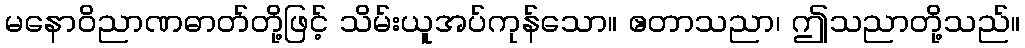
မနောဝိညာဏဓာတ်တို့ဖြင့် သိမ်းယူအပ်ကုန်သော။ ဧတာသညာ၊ ဤသညာတို့သည်။